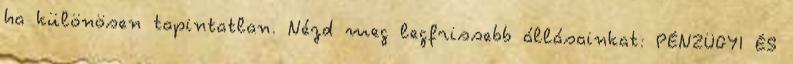
ha különösen tapintatlan. Nézd meg legfrissebb állásainkat: PÉNZÜGYI ÉS